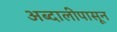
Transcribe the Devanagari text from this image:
अब्दालीपासून